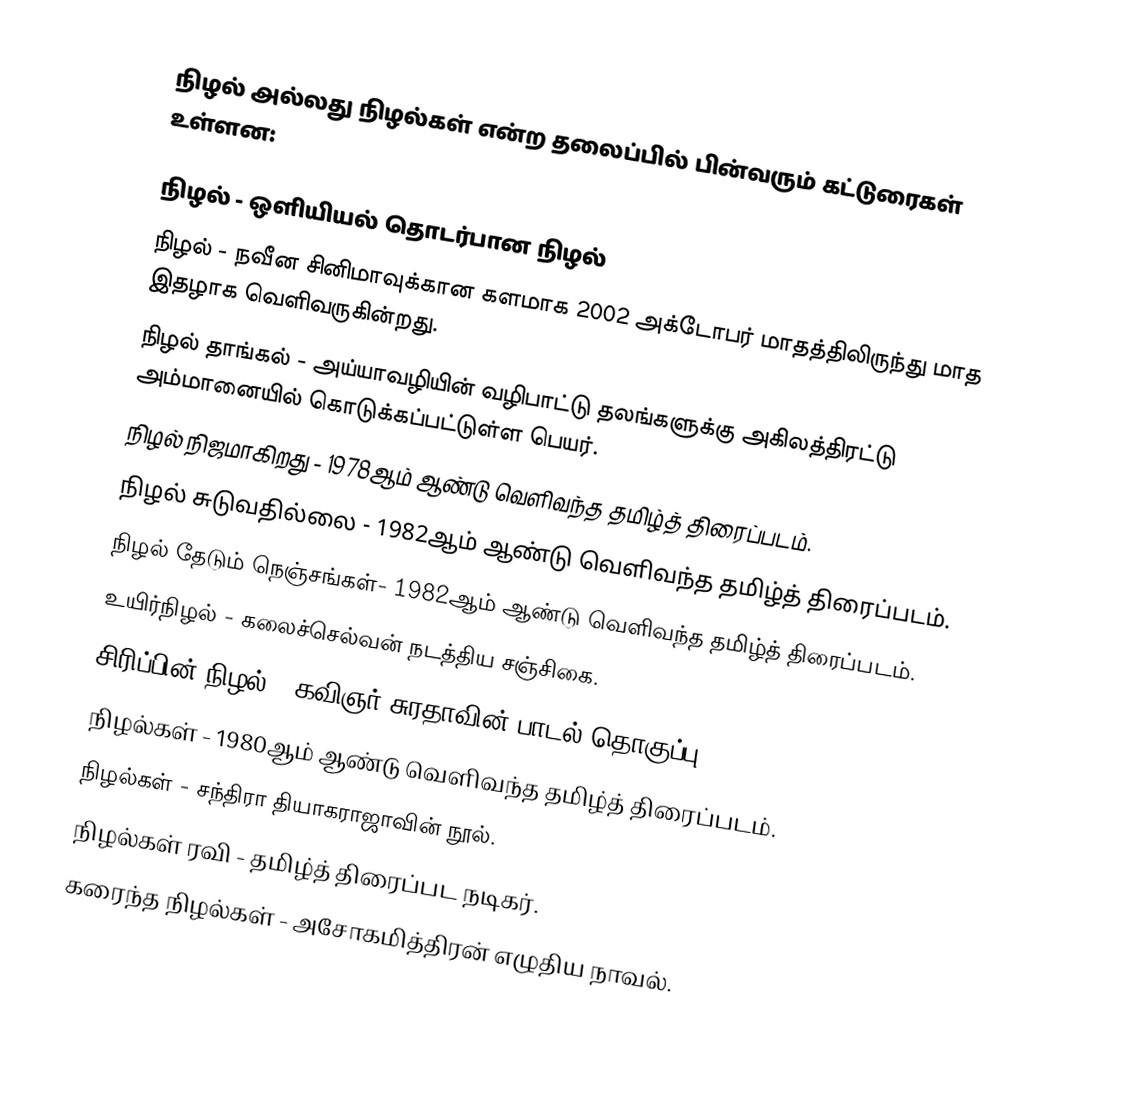
நிழல் அல்லது நிழல்கள் என்ற தலைப்பில் பின்வரும் கட்டுரைகள் உள்ளன:

 நிழல் - ஒளியியல் தொடர்பான நிழல்
 நிழல் - நவீன சினிமாவுக்கான களமாக 2002 அக்டோபர் மாதத்திலிருந்து மாத இதழாக வெளிவருகின்றது.
 நிழல் தாங்கல் - அய்யாவழியின் வழிபாட்டு தலங்களுக்கு அகிலத்திரட்டு அம்மானையில் கொடுக்கப்பட்டுள்ள பெயர்.
 நிழல் நிஜமாகிறது - 1978ஆம் ஆண்டு வெளிவந்த தமிழ்த் திரைப்படம்.
 நிழல் சுடுவதில்லை - 1982ஆம் ஆண்டு வெளிவந்த தமிழ்த் திரைப்படம்.
 நிழல் தேடும் நெஞ்சங்கள்- 1982ஆம் ஆண்டு வெளிவந்த தமிழ்த் திரைப்படம்.
 உயிர்நிழல் - கலைச்செல்வன் நடத்திய சஞ்சிகை.
 சிரிப்பின் நிழல் - கவிஞர் சுரதாவின் பாடல் தொகுப்பு
 நிழல்கள் - 1980ஆம் ஆண்டு வெளிவந்த தமிழ்த் திரைப்படம்.
 நிழல்கள் - சந்திரா தியாகராஜாவின் நூல்.
 நிழல்கள் ரவி - தமிழ்த் திரைப்பட நடிகர்.
 கரைந்த நிழல்கள் - அசோகமித்திரன் எழுதிய நாவல்.